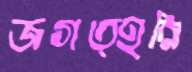
জগত্হরি